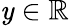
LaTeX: \mathit{y}\in\mathbb{R}